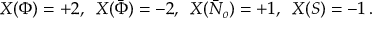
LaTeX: X ( \Phi ) = + 2 , \ \, X ( { \bar { \Phi } } ) = - 2 , \ \, X ( { \bar { N } _ { o } } ) = + 1 , \ \, X ( S ) = - 1 \, .